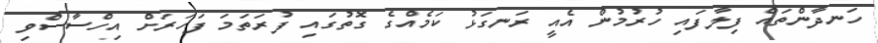
ހަނދާންތައް ފިލާފައި ހުރުމުން އެއީ ރަނގަޅު ކަމެއްގެ ގޮތުގައި ފުރަތަމަ ފަހަރަށް އިހްސާސްވި